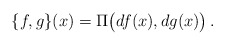
\begin{align*} \{f,g\}(x)=\Pi\bigl(df(x),dg(x)\bigr)\,. \end{align*}